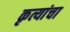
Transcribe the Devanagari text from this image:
कृत्यांचा